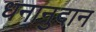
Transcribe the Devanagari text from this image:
धनानुदान